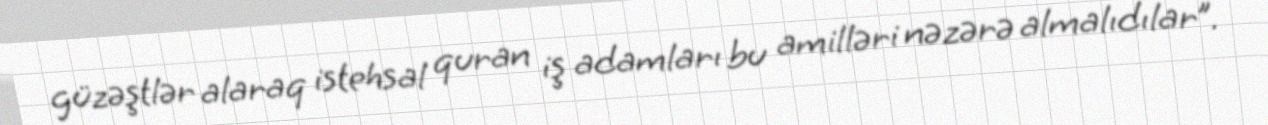
güzəştlər alaraq istehsal quran iş adamları bu amilləri nəzərə almalıdılar”.